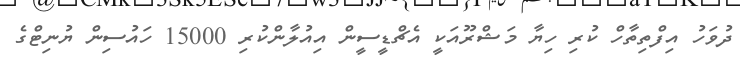
ދުވަހު އިފްތިތާހް ކުރި ހިޔާ މަޝްރޫއަކީ އެޗްޑީސީން އިއުލާންކުރި 15000 ހައުސިން ޔުނިޓްގެ